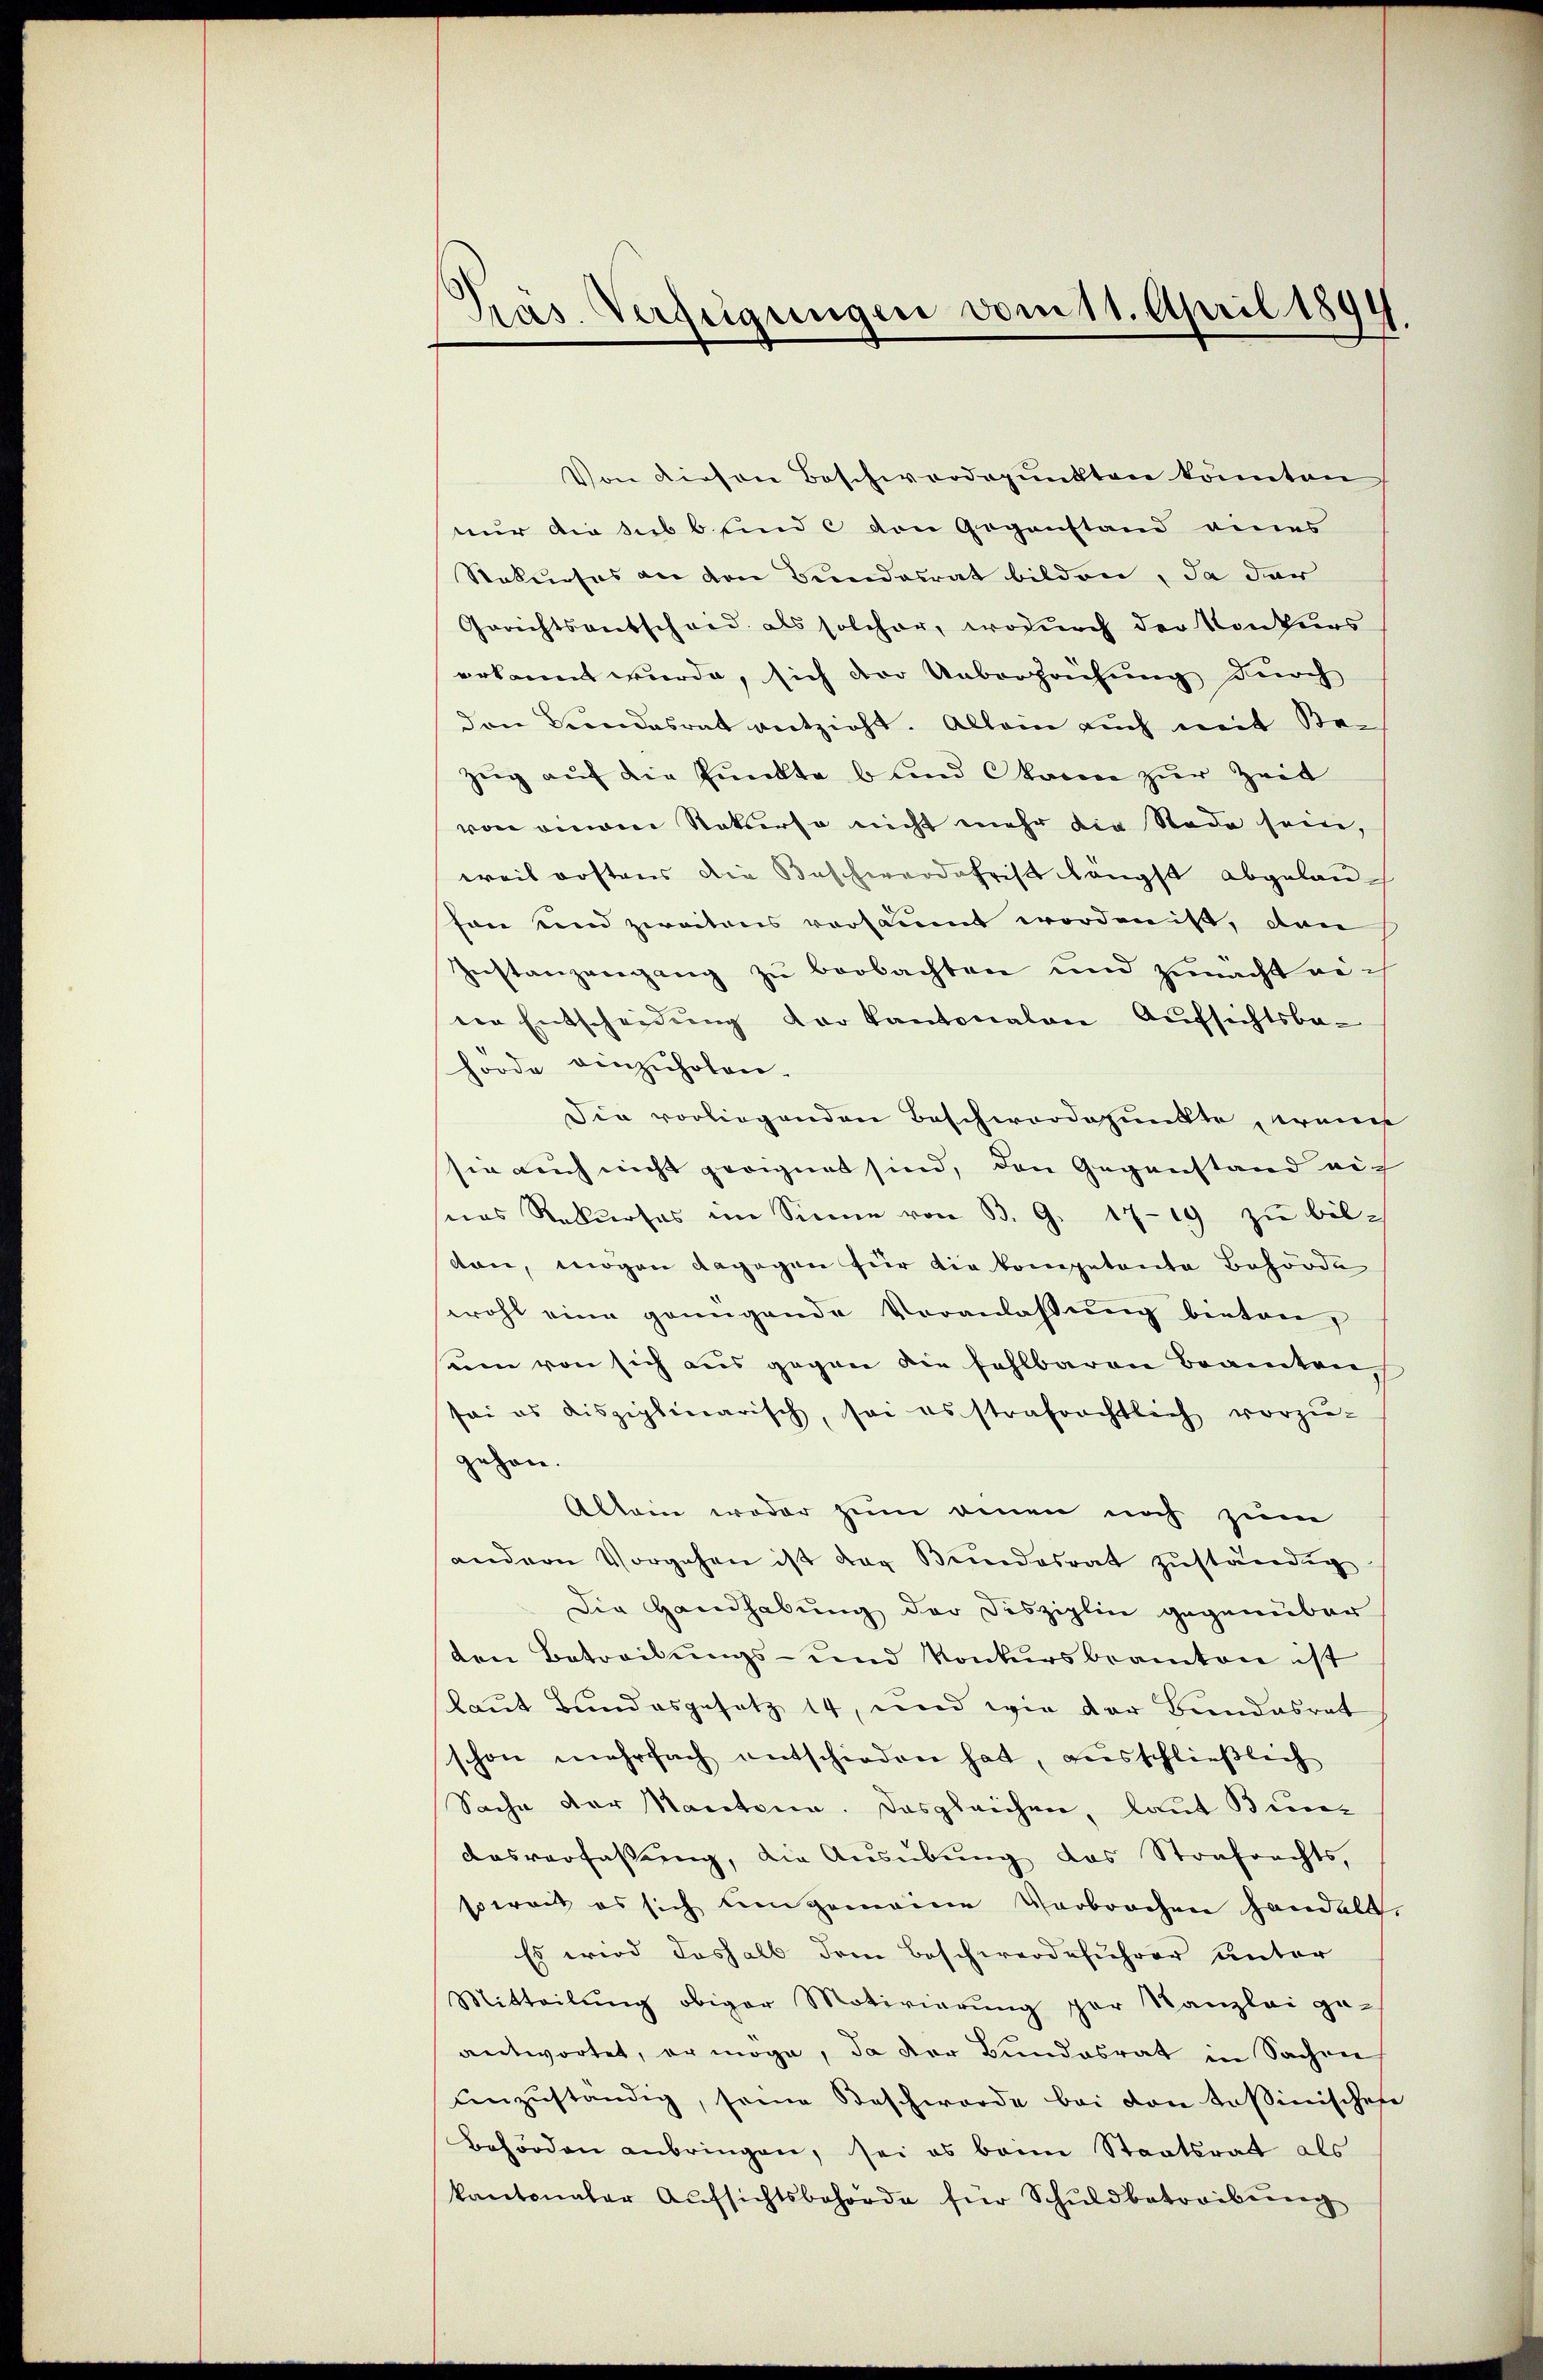
Pras. Verfügungen vom 11. April 1891
.

Von diesen Beschwerdepunkten könnten
nur die sub b. sind c den Gegenstand eines
Rekurses an den Bundesrat bilden, da der
Gerichtsantscheid als solcher, wodurch der Konkurs
erkannt wurde, sich der Ueberpachung durch
den Bundesrat entzieht. Allein auch mit Bezug auf die Punkte bund Okanen zur Zeit
von einem Rekurse nicht mehr die Rade sein,
weil erstens die Beschwerdefrist längst abgelaufon und zweitens versäumt worden ist, den
Instanzengang zŭ beobachten und zumacht an ih
rer Entscheidung der Kantonalen Aufsichtsbed
hörde einzŭholen.
Die vorliegenden Beschwerdepunkte, wenn
sie auch nicht geeignet sind, den Gegenstand auf
sias Rekŭrses im Sinne von B. G. 1719 zŭ bil-
ton, mögen dagegen für die kompetente Behörde
swohl eine genügende Veranlaβŭng bieten,
em von sich aus gegen die fehlbaren Beamten
sei es disziplinarisch, sei es strafrachtlich vorzŭ-
gehen.
Allein weder zum denen noch zum
andern Vorgehen ist der Bundesrat zŭständig
Die Handhabung der Disziplin gegenüber
ten Betreibŭngs- und Konkursbeamten ist
laut Bundesgesetz 14, und wie der Bundesrat
schon mehrfach entschieden hat, ausschließlich
Sache der Kantone. Desgleichen, laut Bun¬
Aasverfassung, die Ausübung das Strafrechts,
soweit es sich ungemeine Verbrochen handelt.
Es wird deshalb dem Beschwerdeführer unter
Mitteilŭng obiger Motivierŭng par Kanzlei ge-
antwortet, er möge, da der Bundesrat in Sachen,
anzŭständig, seine Beschwerde bei von tessinischehe
Behörden anbringen, sei es beim Staatsrat als
kantonaler Aŭfsichtsbehörde für Schuldbetreibung